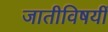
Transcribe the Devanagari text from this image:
जातीविषयीं